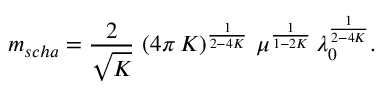
m _ { s c h a } = \frac { 2 } { \sqrt { K } } \, \left( 4 \pi \, K \right) ^ { \frac { 1 } { 2 - 4 K } } \, \mu ^ { \frac { 1 } { 1 - 2 K } } \, \lambda _ { 0 } ^ { \frac { 1 } { 2 - 4 K } } .